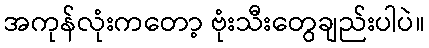
အကုန်လုံးကတော့ ဗုံးသီးတွေချည်းပါပဲ။